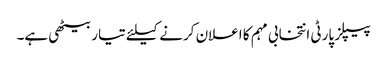
پیپلز پارٹی انتخابی مہم کا اعلان کرنے کیلئے تیار بیٹھی ہے۔